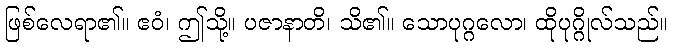
ဖြစ်လေရာ၏။ ဧဝံ၊ ဤသို့။ ပဇာနာတိ၊ သိ၏။ သောပုဂ္ဂလော၊ ထိုပုဂ္ဂိုလ်သည်။